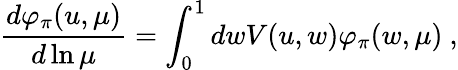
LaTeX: \frac{d\varphi_{\pi}(u,\mu)}{d\ln\mu}=\int_{0}^{1}dwV(u,w)\varphi_{\pi}(w,\mu)~,